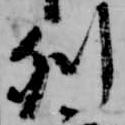
列